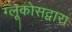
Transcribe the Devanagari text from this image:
ग्लूकोसद्वारा